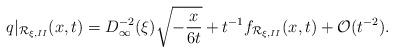
LaTeX: \begin{align*} q|_{\mathcal{R}_{\xi, II}}(x,t)=D^{-2}_{\infty}(\xi)\sqrt{-\frac{x}{6t}}+t^{-1}f_{\mathcal{R}_{\xi, II}}(x,t)+\mathcal{O}(t^{-2}). \end{align*}